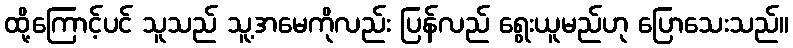
ထို့ကြောင့်ပင် သူသည် သူ့အမေကိုလည်း ပြန်လည် ရွေးယူမည်ဟု ပြောသေးသည်။